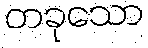
တခုသော